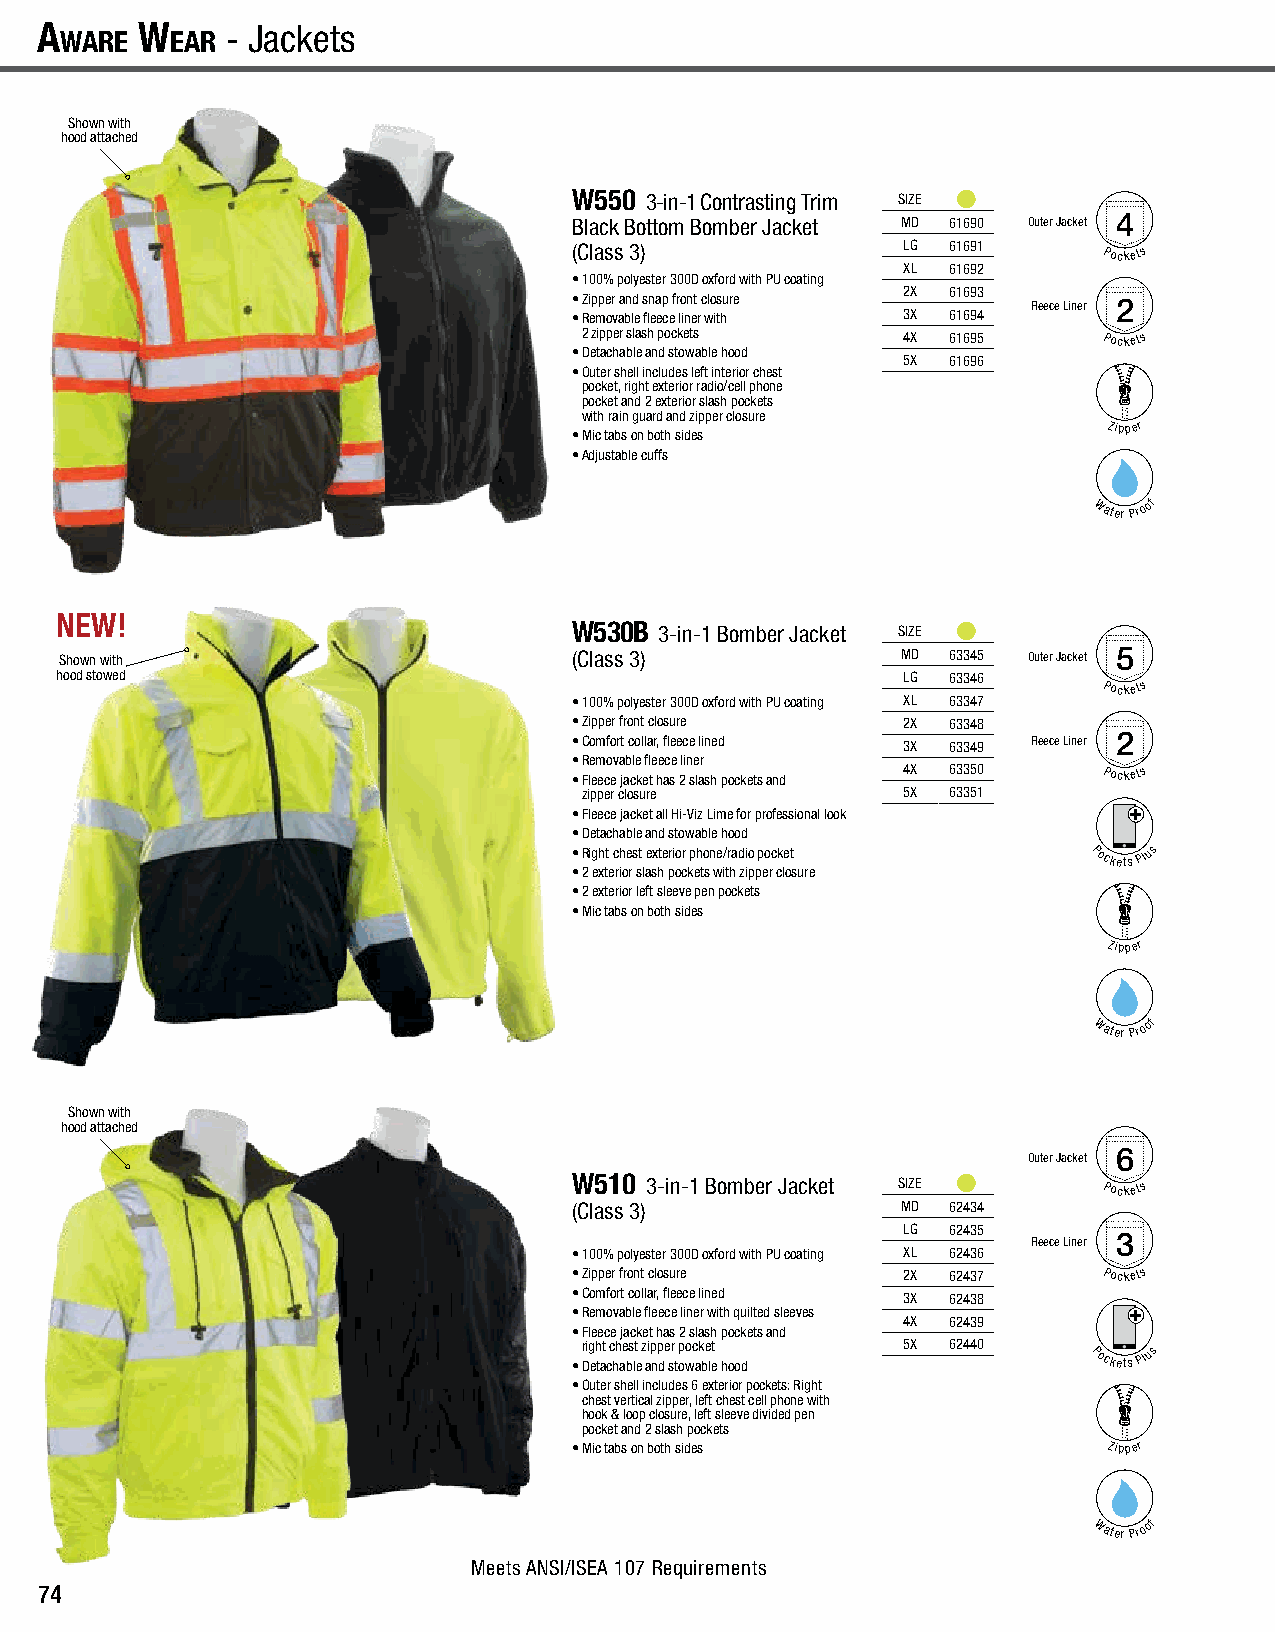
A
 wAre
 w
 eAr
 - Jackets                       A
 wAre
 w
 eAr
 - Cold Weather Wear                    Cold Weather Wear - A
 wAre
 w
 eAr
 Jackets - A
 wAre
 w
 eAr
 Shown with
 hood attached
 W550 3-in-1 Contrasting Trim SIZE
 Black Bottom Bomber Jacket MD 61690 Outer Jacket 4
 (Class 3)             LG 61691     Pockets
 XL 61692
 • 100% polyester 300D oxford with PU coating
 2X 61693
 • Zipper and snap front closure Fleece Liner 2
 • Removable fleece liner with 3X 61694
 2 zipper slash pockets 4X 61695   Pockets
 • Detachable and stowable hood
 5X 61696
 • Outer shell includes left interior chest
 pocket, right exterior radio/cell phone
 pocket and 2 exterior slash pockets
 with rain guard and zipper closure
 • Mic tabs on both sides
 Zipper
 • Adjustable cuffs
 Water
 Proof
 NEW!
 W530B 3-in-1 Bomber Jacket SIZE
 Shown with                        (Class 3)             MD 63345 Outer Jacket 5
 hood stowed                                             LG 63346
 Pockets
 • 100% polyester 300D oxford with PU coating XL 63347
 • Zipper front closure 2X 63348
 • Comfort collar, fleece lined 3X 63349 Fleece Liner 2
 • Removable fleece liner
 • Fleece jacket has 2 slash pockets and
 4X 63350     Pockets
 zipper closure       5X 63351
 • Fleece jacket all Hi-Viz Lime for professional look
 • Detachable and stowable hood
 • Right chest exterior phone/radio pocket Pockets Plus
 • 2 exterior slash pockets with zipper closure
 • 2 exterior left sleeve pen pockets
 • Mic tabs on both sides
 Zipper
 Water
 Proof
 Shown with
 hood attached
 6
 Outer Jacket
 W510 3-in-1 Bomber Jacket SIZE     Pockets
 (Class 3)             MD 62434
 LG 62435
 Fleece Liner 3
 • 100% polyester 300D oxford with PU coating XL 62436
 • Zipper front closure 2X 62437    Pockets
 • Comfort collar, fleece lined 3X 62438
 • Removable fleece liner with quilted sleeves
 4X 62439
 • Fleece jacket has 2 slash pockets and
 •
 r Dig eh tat cc hh ae bs lt
 e
 z aip np de sr
 t
 p owoc ak be let
 hood
 5X 62440    Pockets Plus
 • Outer shell includes 6 exterior pockets: Right
 chest vertical zipper, left chest cell phone with
 hook & loop closure, left sleeve divided pen
 pocket and 2 slash pockets
 • Mic tabs on both sides           Zipper
 Water
 Proof
 Meets ANSI/ISEA 107 Requirements
 74